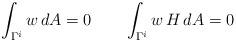
LaTeX: \begin{align*}\int_{\Gamma^i} w\, dA=0\quad\quad\int_{\Gamma^i} w\,H\, dA=0\end{align*}